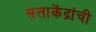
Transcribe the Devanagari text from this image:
सत्ताकेंद्रांची